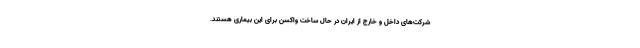
شرکت‌های داخل و خارج از ایران در حال ساخت واکسن برای این بیماری هستند.